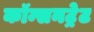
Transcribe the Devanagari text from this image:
कॉन्सनट्रेट